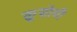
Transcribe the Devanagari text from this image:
क्रूसोयी